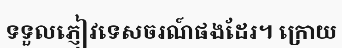
ទទួលភ្ញៀវទេសចរណ៍ផងដែរ។ ក្រោយ